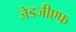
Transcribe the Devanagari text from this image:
जेडजीएफ